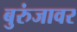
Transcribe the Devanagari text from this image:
बुरुंजावर